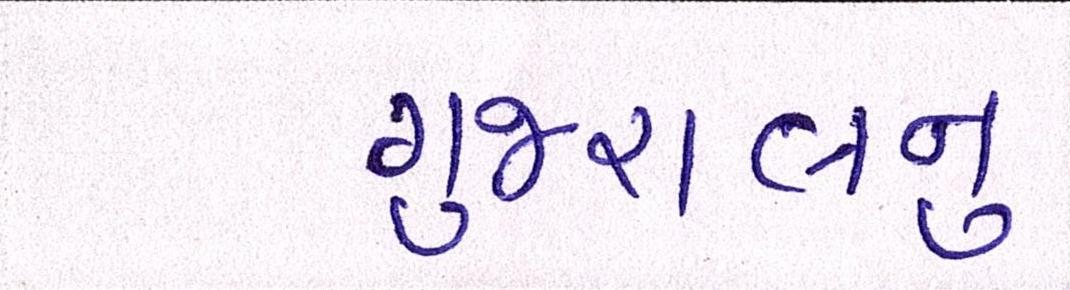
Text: ગુજરાલનું